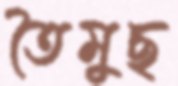
তৈমুছ